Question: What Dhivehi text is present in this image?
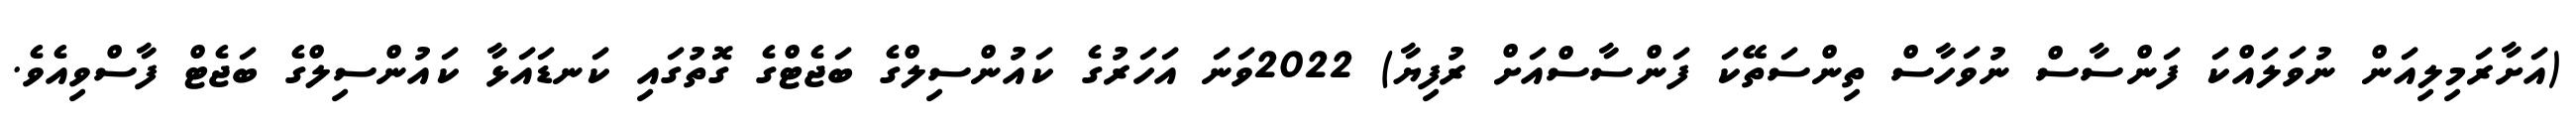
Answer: (އަށާރަމިލިއަން ނުވަލައްކަ ފަންސާސް ނުވަހާސް ތިންސަތޭކަ ފަންސާސްއަށް ރުފިޔާ) 2022ވަނަ އަހަރުގެ ކައުންސިލްގެ ބަޖެޓްގެ ގޮތުގައި ކަނޑައަޅާ ކައުންސިލްގެ ބަޖެޓް ފާސްވިއެވެ.